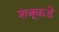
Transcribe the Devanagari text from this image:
शत्रूकडे